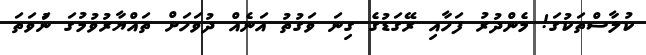
ކުލާސްތަކުގަ! މެންދުރު ފަހާއި ރޭގަޑުގެ ގިނަ ވަގުތު އަނެއް ދުވަހަށް ތައްޔާރުވުމުގަ ނުަވަތަ